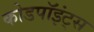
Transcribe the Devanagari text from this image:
कोडपॉइंट्स